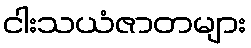
ငါးသယံဇာတများ